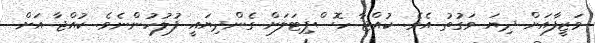
ވަޒީފާއަށް ދިޔަ ވަގުތު އެވެ. ކުއްޖާ ހޮސްޕިޓަލަށް ގެންދިޔައީ ފުލުހުންނެވެ. ކުއްޖާ އަށް